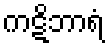
ကဋိဘာရံ